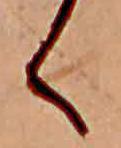
く